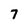
Character: 7